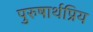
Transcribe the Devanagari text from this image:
पुरुषार्थप्रिय